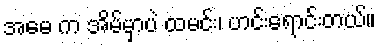
အမေ က အိမ်မှာပဲ ထမင်း၊ ဟင်းရောင်းတယ်။